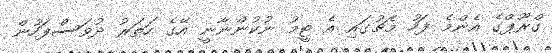
ގްރޫޕްގެ އެންމެ ފަހު މެޗުގައި އެ ޓީމު ނުކުންނާނީ އޭގެ ހަތަރު ދުވަސްފަހުން